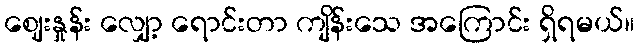
ဈေးနှုန်း လျှော့ ရောင်းတာ ကျိန်းသေ အကြောင်း ရှိရမယ်။